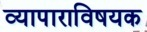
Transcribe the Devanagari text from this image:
व्यापाराविषयक